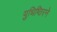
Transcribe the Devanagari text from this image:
युधिष्ठिरने